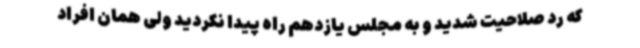
که رد صلاحیت شدید و به مجلس یازدهم راه پیدا نکردید ولی همان افراد